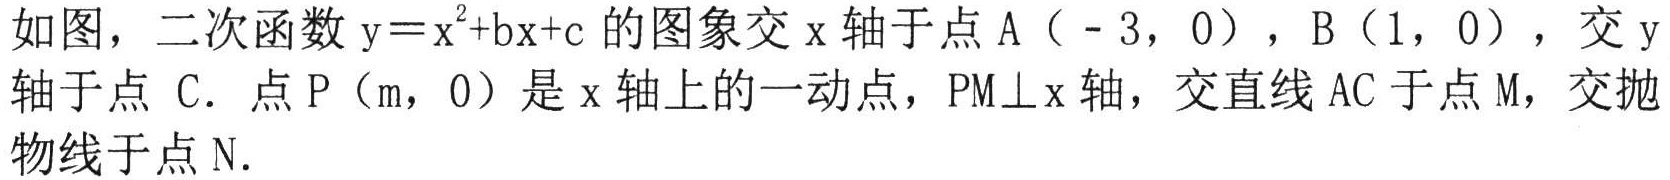
如图，二次函数$\mathrm{y}=\mathrm{x}^{2}+\mathrm{b}\mathrm{x}+\mathrm{c}$的图象交$\mathrm{x}$轴于点$\mathrm{A}（ - 3，0）$，$\mathrm{B}（1，0）$，交$\mathrm{y}$轴于点 $\mathrm{C}$．点$\mathrm{P}（\mathrm{m}，0）$是$\mathrm{x}$轴上的一动点，$\mathrm{P}\mathrm{M}\perp\mathrm{x}$轴，交直线$\mathrm{A}\mathrm{C}$于点$\mathrm{M}$，交抛物线于点$\mathrm{N}$．